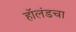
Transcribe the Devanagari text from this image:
हॉलंडचा